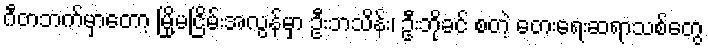
ဂီတဘက်မှာတော့ မြို့မငြိမ်းအလွန်မှာ ဦးဘသိန်း၊ ဦးဘိုခင် စတဲ့ တေးရေးဆရာသစ်တွေ